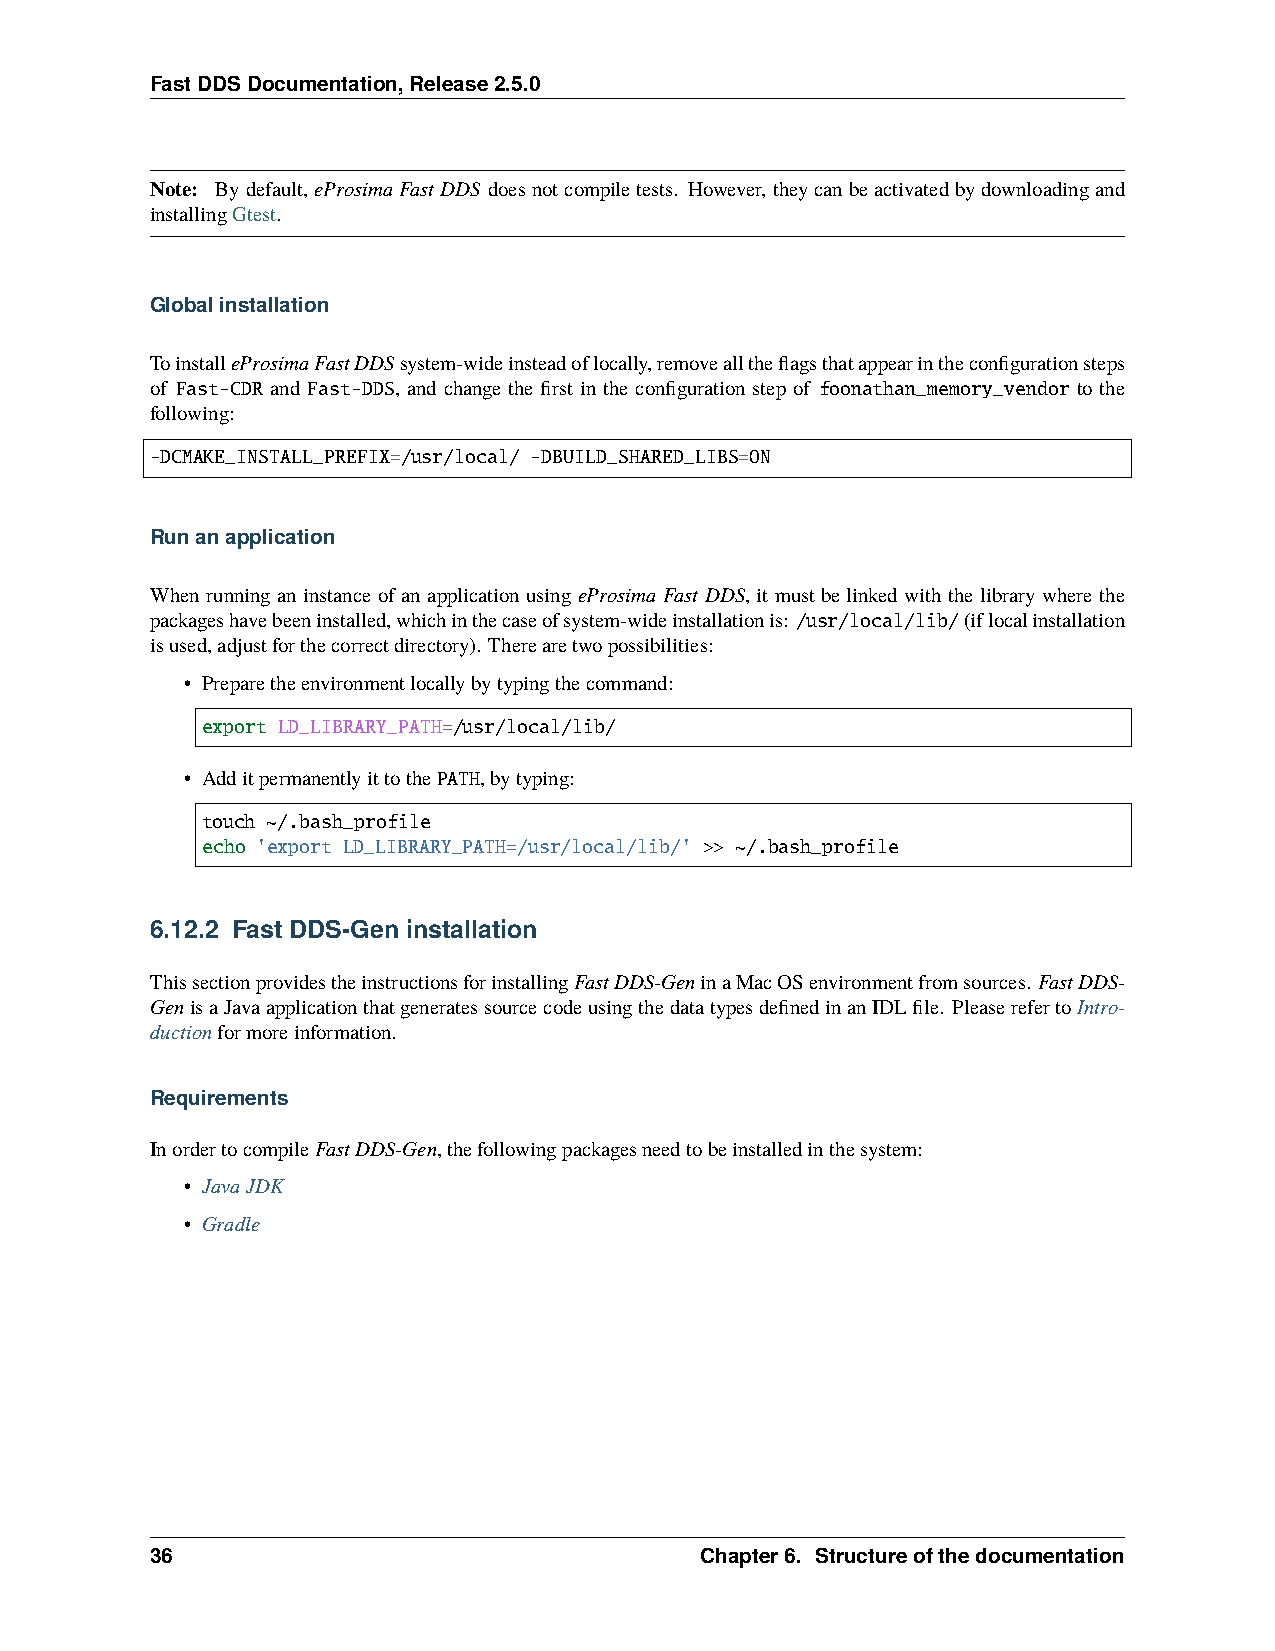
FastDDSDocumentation,Release2.5.0
 Note: Bydefault, eProsimaFastDDS doesnotcompiletests. However, theycanbeactivatedbydownloadingand
 installingGtest.
 Globalinstallation
 ToinstalleProsimaFastDDSsystem-wideinsteadoflocally,removealltheflagsthatappearintheconfigurationsteps
 of Fast-CDR and Fast-DDS, and change the first in the configuration step of foonathan_memory_vendor to the
 following:
 -DCMAKE_INSTALL_PREFIX=/usr/local/ -DBUILD_SHARED_LIBS=ON
 Runanapplication
 When running an instance of an application using eProsima Fast DDS, it must be linked with the library where the
 packageshavebeeninstalled,whichinthecaseofsystem-wideinstallationis: /usr/local/lib/(iflocalinstallation
 isused,adjustforthecorrectdirectory). Therearetwopossibilities:
 • Preparetheenvironmentlocallybytypingthecommand:
 export LD_LIBRARY_PATH=/usr/local/lib/
 • AdditpermanentlyittothePATH,bytyping:
 touch ~/.bash_profile
 echo 'export LD_LIBRARY_PATH=/usr/local/lib/' >> ~/.bash_profile
 6.12.2 Fast DDS-Gen installation
 ThissectionprovidestheinstructionsforinstallingFastDDS-GeninaMacOSenvironmentfromsources. FastDDS-
 GenisaJavaapplicationthatgeneratessourcecodeusingthedatatypesdefinedinanIDLfile. PleaserefertoIntro-
 ductionformoreinformation.
 Requirements
 InordertocompileFastDDS-Gen,thefollowingpackagesneedtobeinstalledinthesystem:
 • JavaJDK
 • Gradle
 36                                  Chapter6. Structureofthedocumentation